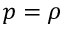
p = \rho